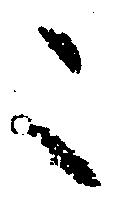
こ